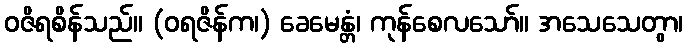
ဝဇိရစိန်သည်။ (ဝရဇိန်က၊) ခေမေန္တံ၊ ကုန်စေလသော်။ အသေသေတွာ၊